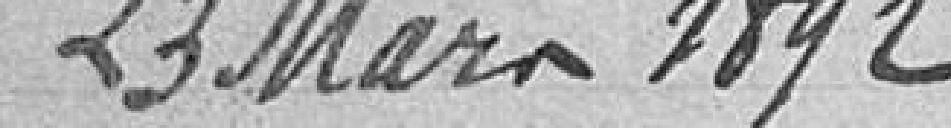
23 mars 1892